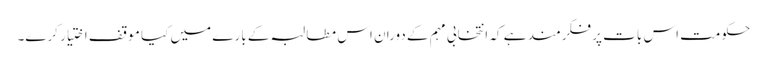
حکومت اس بات پر فکرمند ہے کہ انتخابی مہم کے دوران اس مطالبہ کے بارے میں کیا موقف اختیار کرے۔